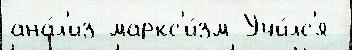
ана́л'из маркс'и́зм Учи́лс'я